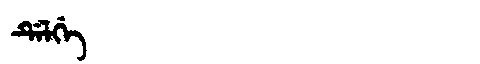
Manchu: ᡩᡝᠯᡤᡝ
Romanization: DELGE